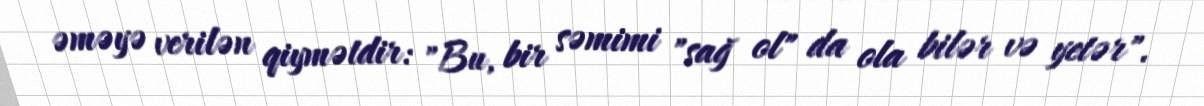
əməyə verilən qiymətdir: "Bu, bir səmimi "sağ ol" da ola bilər və yetər".